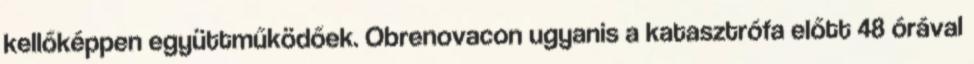
kellőképpen együttműködőek. Obrenovacon ugyanis a katasztrófa előtt 48 órával